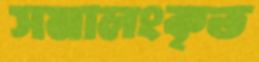
সমালংকৃত